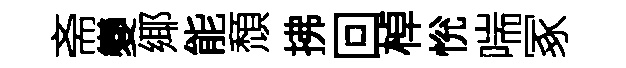
斋變鄊能頹拂回棹恱喘冢